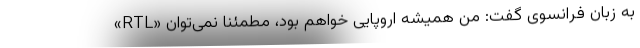
«RTL» به زبان فرانسوی گفت: من همیشه اروپایی خواهم بود، مطمئنا نمی‌توان